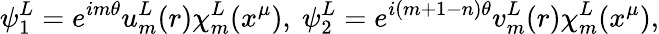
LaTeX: \psi_{1}^{L}=e^{im\theta}u_{m}^{L}(r)\chi_{m}^{L}(x^{\mu}),~\psi_{2}^{L}=e^{i(m+1-n)\theta}v_{m}^{L}(r)\chi_{m}^{L}(x^{\mu}),